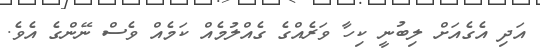
އަދި އެގެއަށް ލިބުނީ ކިހާ ވަރެއްގެ ގެއްލުމެއް ކަމެއް ވެސް ނޭންގެ އެވެ.